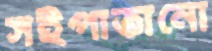
সইপাতানো